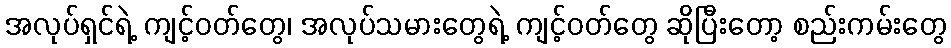
အလုပ်ရှင်ရဲ့ ကျင့်ဝတ်တွေ၊ အလုပ်သမားတွေရဲ့ ကျင့်ဝတ်တွေ ဆိုပြီးတော့ စည်းကမ်းတွေ